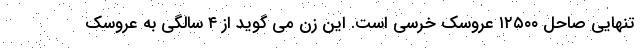
تنهایی صاحل ۱۲۵۰۰ عروسک خرسی است. این زن می گوید از ۴ سالگی به عروسک